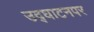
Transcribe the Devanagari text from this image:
उद्‌घाटनपर